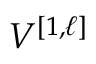
V ^ { [ { 1 } , { \ell } ] }